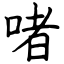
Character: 啫